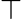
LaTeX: \top